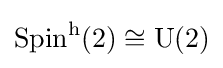
\operatorname {Spin} ^{\mathrm {h} }(2)\cong \operatorname {U} (2)